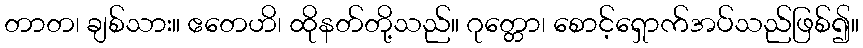
တာတ၊ ချစ်သား။ ဧတေဟိ၊ ထိုနတ်တို့သည်။ ဂုတ္တော၊ စောင့်ရှောက်အပ်သည်ဖြစ်၍။